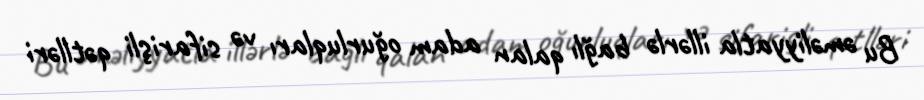
Bu əməliyyatla illərlə bağlı qalan adam oğurluqları və sifarişli qətlləri